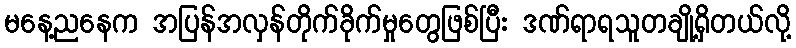
မနေ့ညနေက အပြန်အလှန်တိုက်ခိုက်မှုတွေဖြစ်ပြီး ဒဏ်ရာရသူတချို့ရှိတယ်လို့